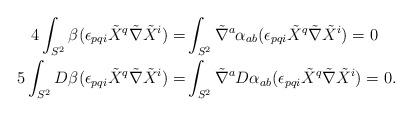
LaTeX: \begin{align*}4 \int_{S^2} \beta ( \epsilon_{pqi} \tilde X^q \tilde \nabla \tilde X^i) = &\int_{S^2} \tilde \nabla^a \alpha_{ab} ( \epsilon_{pqi} \tilde X^q \tilde \nabla \tilde X^i) = 0 \\5 \int_{S^2} D\beta ( \epsilon_{pqi} \tilde X^q \tilde \nabla \tilde X^i) =& \int_{S^2} \tilde \nabla^a D \alpha_{ab} ( \epsilon_{pqi} \tilde X^q \tilde \nabla \tilde X^i) = 0.\end{align*}